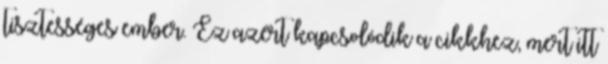
tisztességes ember. Ez azért kapcsolódik a cikkhez, mert itt